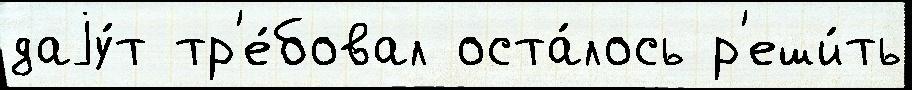
даjу́т тр'е́бовал оста́лось р'еши́ть